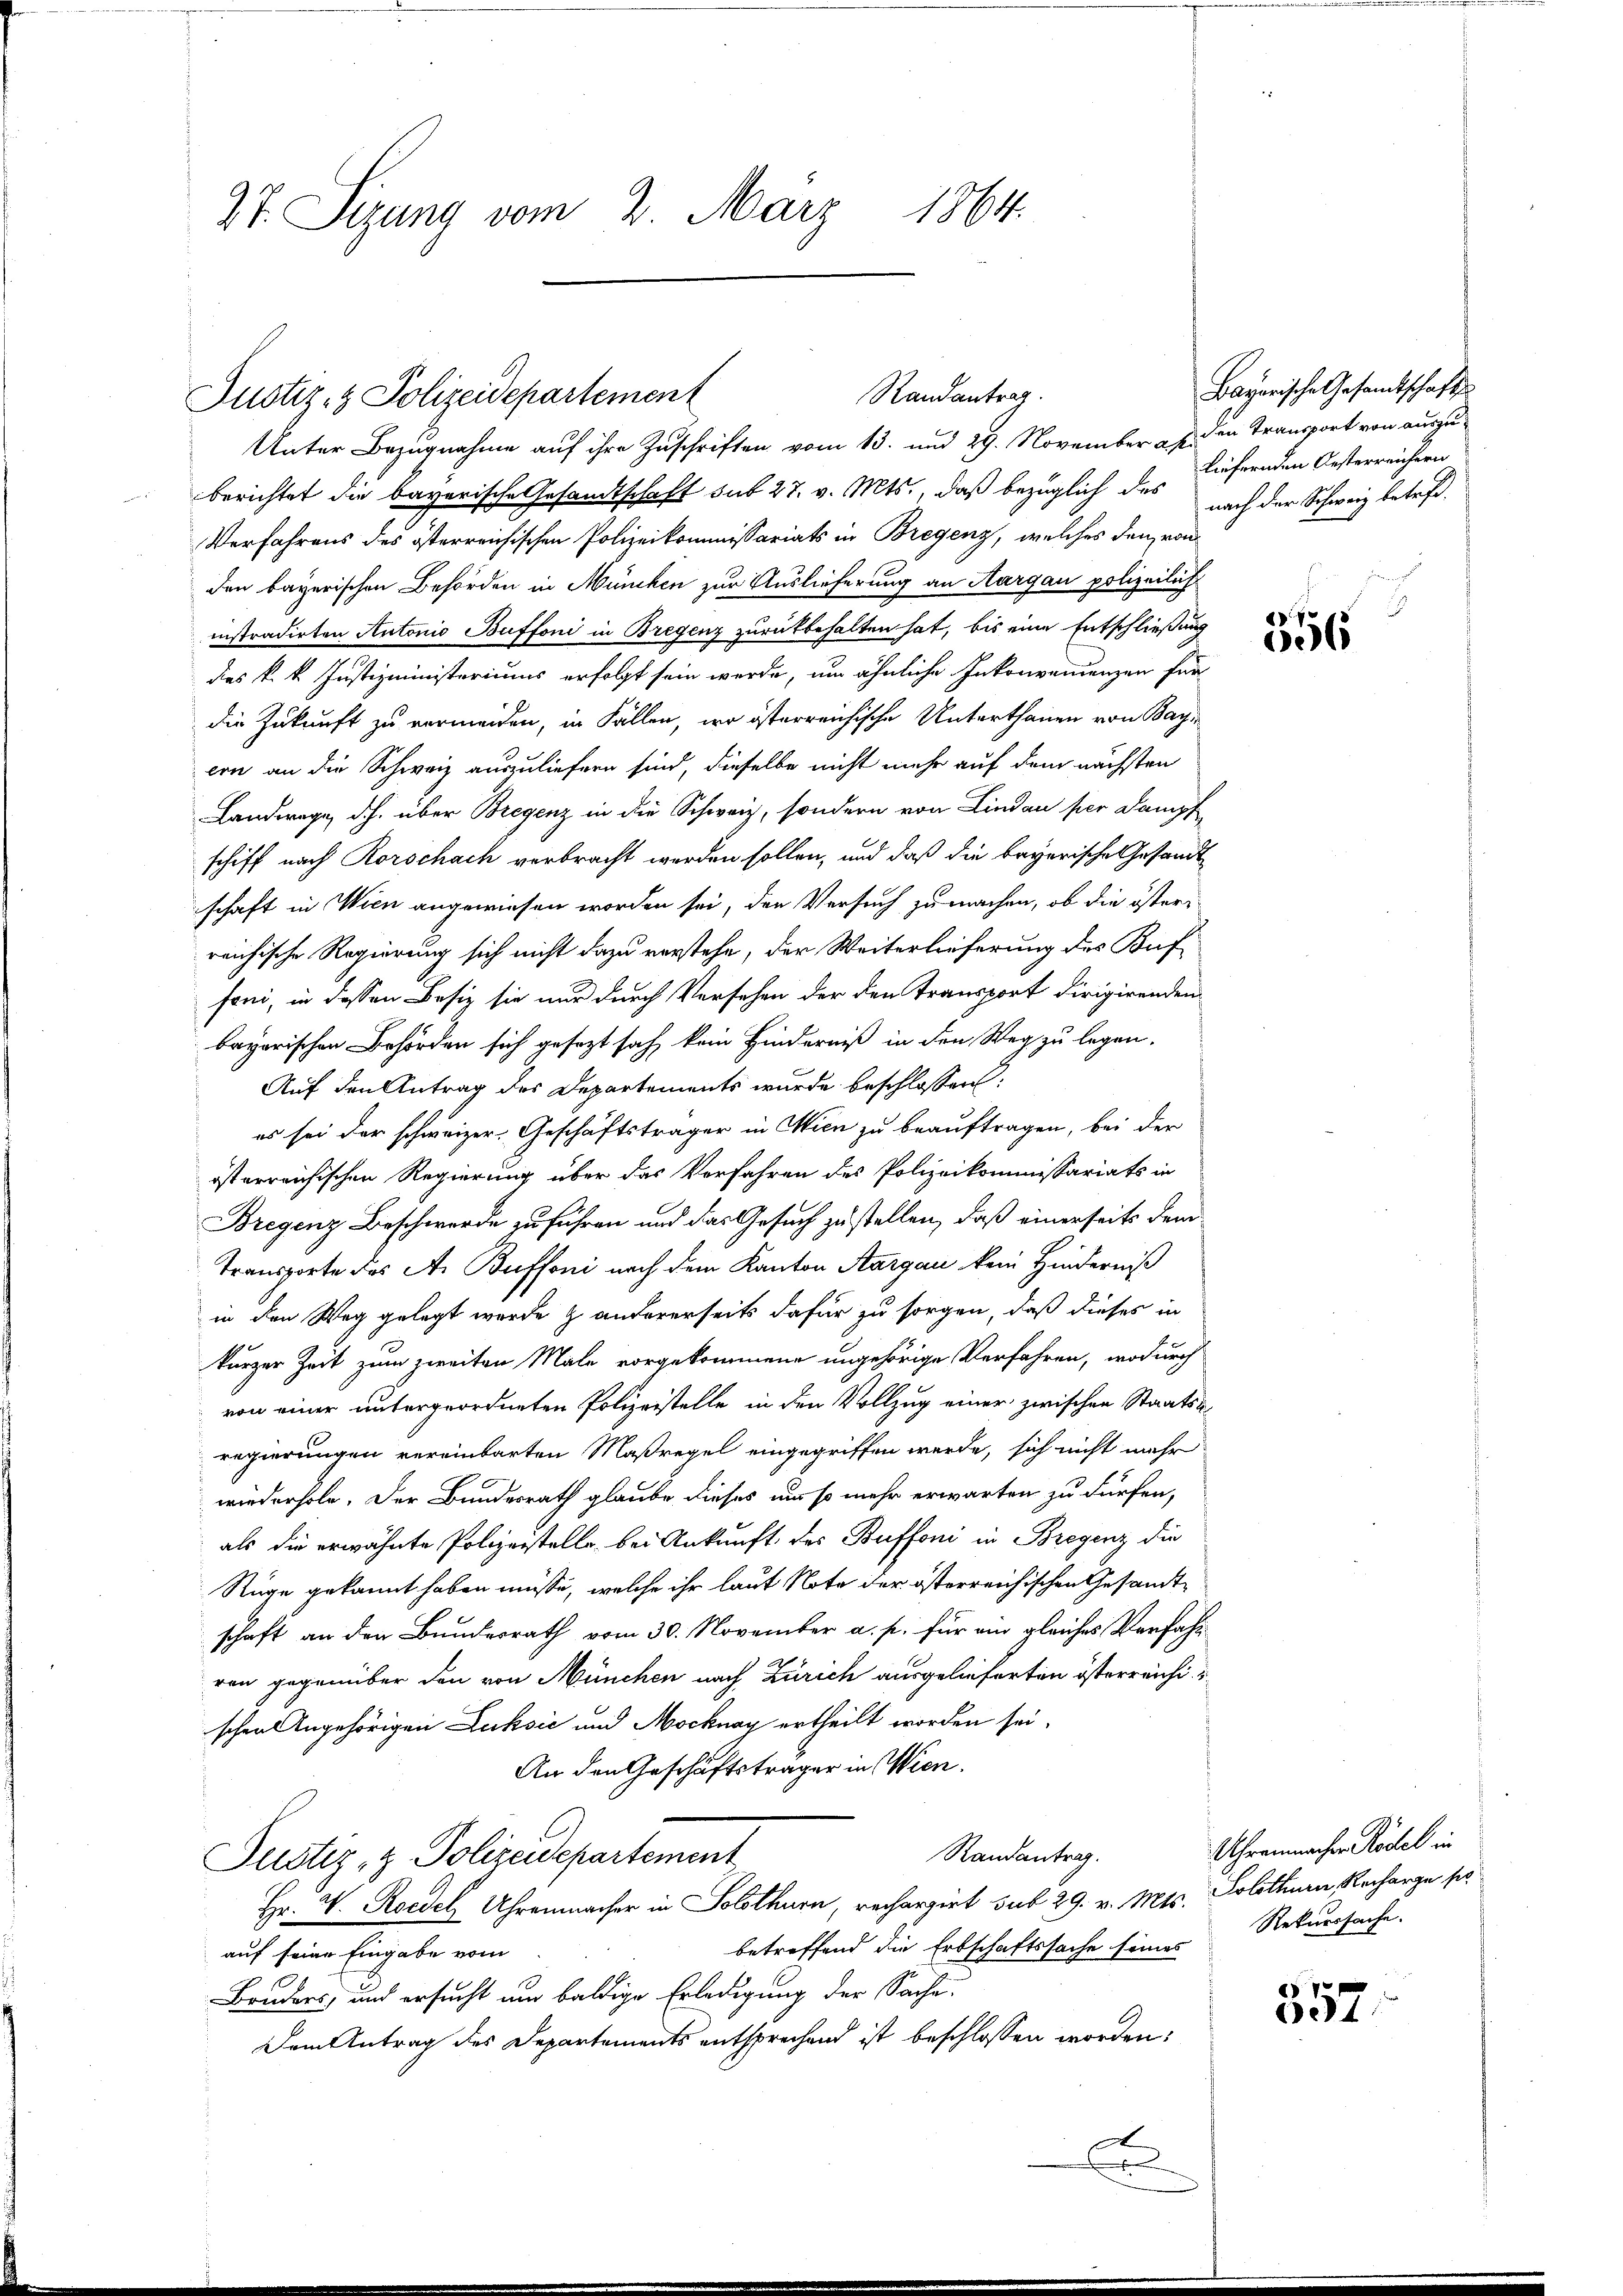
27. Sizung vom 2. März 1864.

Randantrag.
Justiz- & Polizeidepartement

Unter Bezugnahme auf ihre Zuschriften vom 13. und 29. November a. p. den Transport von auszuberichtet die bayerische Gesandtschaft sub 27. v. Mts., daß bezüglich des Liefernden Oesterreichern
Verfahrens des österreichischen Polizeikommissariats in Bregenz, welches den von
den bayerischen Behörden in Müncken zur Auslieferung an Aargau polizeilich
instradirten Antonio Buffoni in Bregenz zurückbehalten hat, bis eine Entschließung
des k. k. Justizministeriums erfolgt sein werde, um ähnliche Inkonvenienzen für
die Zukunft zu vermeiden, in Fällen, wo österreichische Unterthanen von Bay
ern an die Schweiz auszuliefern sind, dieselbe nicht mehr auf dem nächsten
Landwege, d.h. über Bregenz in die Schweiz, sondern von Lindau per Dampf
schiff nach Rorschach verbracht werden sollen, und daß die bayerische Gesandtschaft in Wien angewiesen worden sei, den Versuch zu machen, ob die österreichische Regierung sich nicht dazu verstehe, der Weiterlieferung des Buf
foni, in dessen Besiz sie nur durch Versehen der den Transport dirigirenden
bayerischen Behörden sich gesezt sah, kein Hinderniß in den Weg zu legen.
Auf den Antrag des Departements wurde beschlossen:
es sei der schweizer, Geschäftsträger in Wien zu beauftragen, bei der
isterreichischen Regierung über das Vorfahren des Polizeikommissariats in
Bregenz Beschwerde zu führen und das Gesuch zu stellen, daß einerseits dem
Transporte des A. Buffoni nach dem Kanton Aargau kein Hinderniß
in den Weg gelegt wurde & andererseits dafür zu sorgen, daß dieses in
kurzer Zeit zum zweiten Male vorgekommene ungehörige Verfahren, wodurch
von einer untergeordneten Polizeistelle in den Vollzug einer zwischen Staatsk
regierungen vereinbarten Maßregel eingegriffen werde, sich nicht mehr
wiederhole. Der Bundesrath glaube, dieses aus so mehr erwarten zu dürfen,
als die erwähnte Polizeistelle bei Ankunft des Buffoni in Bregenz die
Rüge gekannt haben müsse, welche ihr laut Note der österreichischen Gesandtschaft an den Bundesrath vom 30. November a. p. für ein gleiches Verfahr
ren gegenüber den von München nach Zürich ausgelieferten österreichischen Angehörigen Lecksić und Mocknay ertheilt worden sei,
An den Geschäftsträger in Wien.
Randantrag.
Justiz- & Polizeidepartement
Hr. V. Roedch Uhrenmacher in Solothurn, rechargirt sub 29. v. Mts. Solothurn, Recharge so
betreffend die Erbschaftssache seines
auf seine Eingabe vom
Bruders, und ersucht und baldige Erledigung der Sache.
Dem Antrag des Departements entsprechend ist beschlossen worden:
A

Bayerische Gesandtschafts
nach der Schweiz betreff¬

7
006

Uhrenmachen Rödel in
Rekurssache.

357.